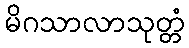
မိဂသာလာသုတ္တံ